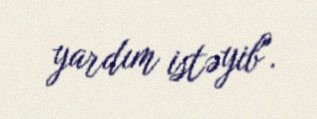
yardım istəyib".